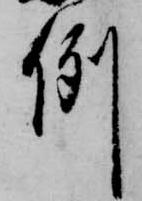
例